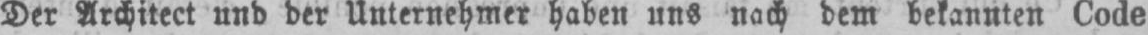
Der Architect und der Unternehmer haben uns nach dem bekannten Code